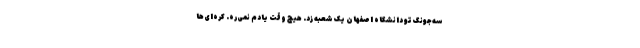
سه‌جونگ تو دانشگاه اصفهان یک شعبه زد. هیچ وقت یادم نمی‌ره. کره‌ای‌ها